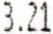
3.21